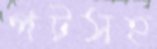
পটসহ